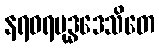
နရဝရဗုဒ္ဓဒေသိတေ